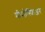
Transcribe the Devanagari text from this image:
मीसोस्फिअर